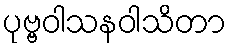
ပုဗ္ဗဝါသနဝါသိတာ